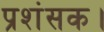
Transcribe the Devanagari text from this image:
प्रशंसक।